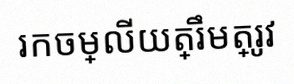
រកចម្លើយត្រឹមត្រូវ